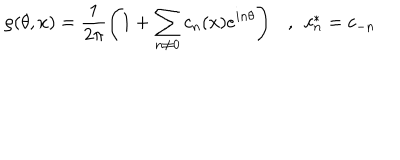
\rho ( \theta , x ) = \frac { 1 } { 2 \pi } \left( 1 + \sum _ { n \neq 0 } c _ { n } ( x ) e ^ { i n \theta } \right) , ~ ~ c _ { n } ^ { * } = c _ { - n }